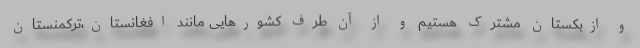
و ازبکستان مشترک هستیم و از آن طرف کشورهایی مانند افغانستان،ترکمنستان